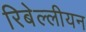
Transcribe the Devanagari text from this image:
रिबेल्लीयन